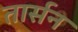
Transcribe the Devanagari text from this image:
तार्सन